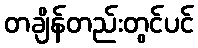
တချိန်တည်းတွင်ပင်